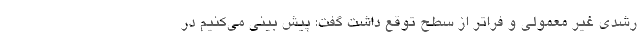
رشدی غیر معمولی و فراتر از سطح توقع داشت گفت: پیش بینی می‌کنیم در